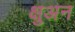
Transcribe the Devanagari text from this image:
क्षुअन